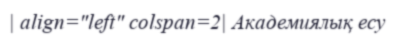
| align="left" colspan=2| Академиялық есу